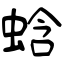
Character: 蛿